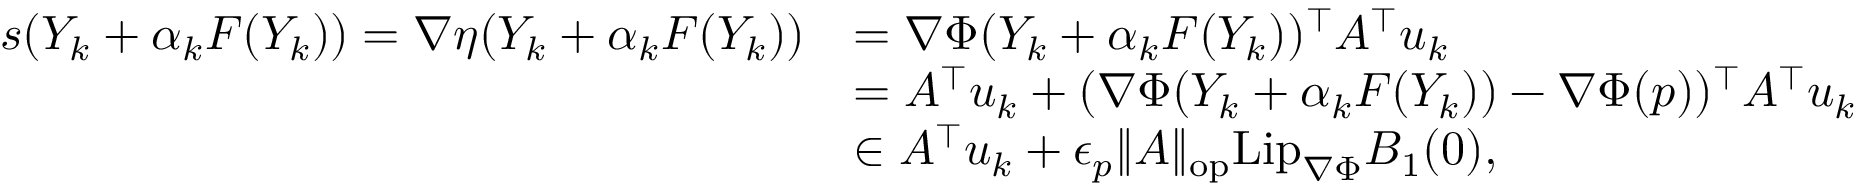
\begin{array} { r l } { s ( Y _ { k } + \alpha _ { k } F ( Y _ { k } ) ) = \nabla \eta ( Y _ { k } + \alpha _ { k } F ( Y _ { k } ) ) } & { = \nabla \Phi ( Y _ { k } + \alpha _ { k } F ( Y _ { k } ) ) ^ { \top } A ^ { \top } u _ { k } } \\ & { = A ^ { \top } u _ { k } + ( \nabla \Phi ( Y _ { k } + \alpha _ { k } F ( Y _ { k } ) ) - \nabla \Phi ( p ) ) ^ { \top } A ^ { \top } u _ { k } } \\ & { \in A ^ { \top } u _ { k } + \epsilon _ { p } \| A \| _ { \mathrm { o p } } \mathrm { L i p } _ { \nabla \Phi } B _ { 1 } ( 0 ) , } \end{array}